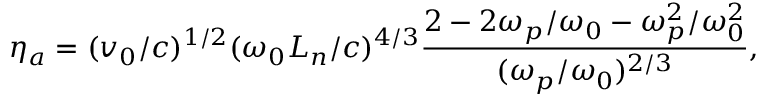
\eta _ { a } = ( v _ { 0 } / c ) ^ { 1 / 2 } ( \omega _ { 0 } L _ { n } / c ) ^ { 4 / 3 } \frac { 2 - 2 \omega _ { p } / \omega _ { 0 } - \omega _ { p } ^ { 2 } / \omega _ { 0 } ^ { 2 } } { ( \omega _ { p } / \omega _ { 0 } ) ^ { 2 / 3 } } ,